Leaving Certificate Examination, 1915
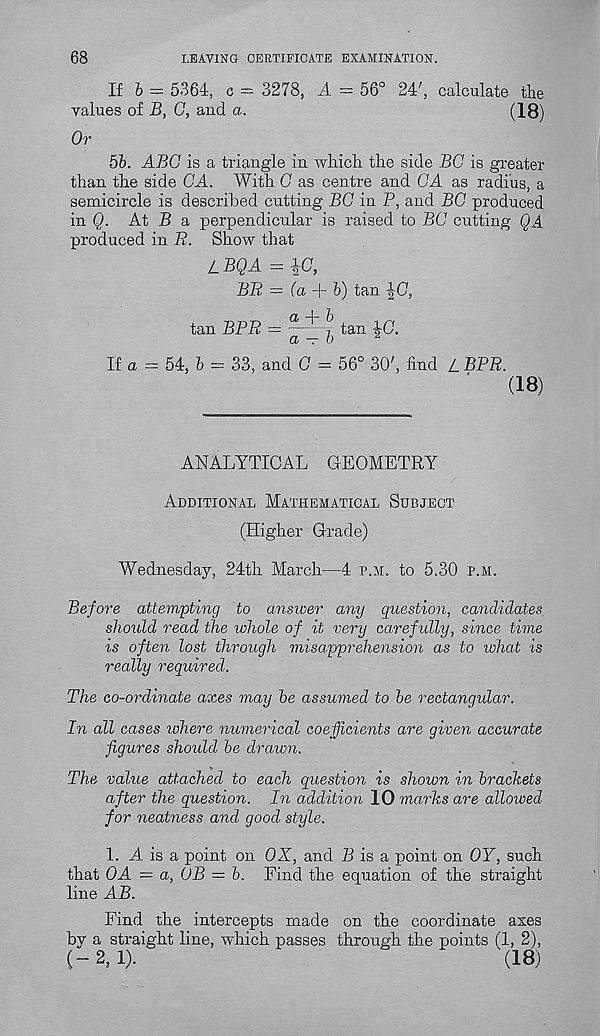
68
LEAVING CERTIFICATE EXAMINATION.
If 6 = 5364, c = 3278, A = 56° 24', calculate tlie
values of B, G, and a.
(18)
Or
5b. ABC is a triangle in which the side BC is greater
than the side CA. With G as centre and GA as radius, a
semicircle is described cutting BG in P, and BG produced
in Q. At B a perpendicular is raised to BG cutting QA
produced in R. Show that
/_BQA = 4C,
BR = (a A- b) tan ^0,
tan BPR =
y tan ^G.
a — b
A
If a — 54, b — 33, and G - 56° 30', find LBBR.
(18)
ANALYTICAL GEOMETRY
Additional Mathematical Subject
(Higher Grade)
Wednesday, 24th March—4 p.m. to 5.30 p.m.
Before attempting to answer any question, candidates
should read the whole of it very carefully, since time
is often lost through misapprehension as to lohat is
really required.
The co-ordinate axes may be assumed to be rectangular.
In all cases where numerical coefficients are given accurate
figures should be drawn.
The value attached to each question is shown in brackets
after the question. In addition 10 marks are allowed
for neatness and good style.
1. A is a point on OX, and P is a point on OY, such
that 0A — a, OB — b. Find the equation of the straight
line AB.
Find the intercepts made on the coordinate axes
by a straight line, which passes through the points (1, 2),
(-2,1).
(18)